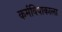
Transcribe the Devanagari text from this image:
कर्मविपाकाला